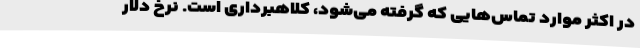
در اکثر موارد تماس‌هایی که گرفته می‌شود، کلاهبرداری است. نرخ دلار